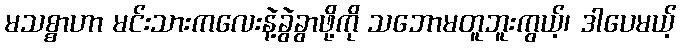
မသစ္စာဟာ မင်းသားကလေးနဲ့ခွဲခွာဖို့ကို သဘောမတူဘူးကွယ့်၊ ဒါပေမယ့်